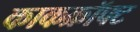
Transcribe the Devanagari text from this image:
काकक्रॉफ्ट